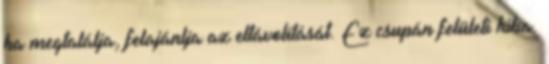
ha megtalálja, felajánlja az eltávolítását. Ez csupán felületi hiba.